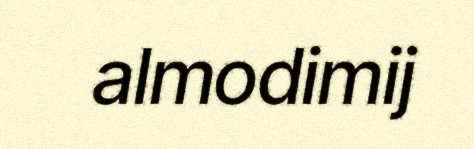
almodimij